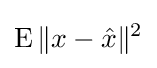
\operatorname {E} \|x-{\hat {x}}\|^{2}